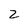
Character: z